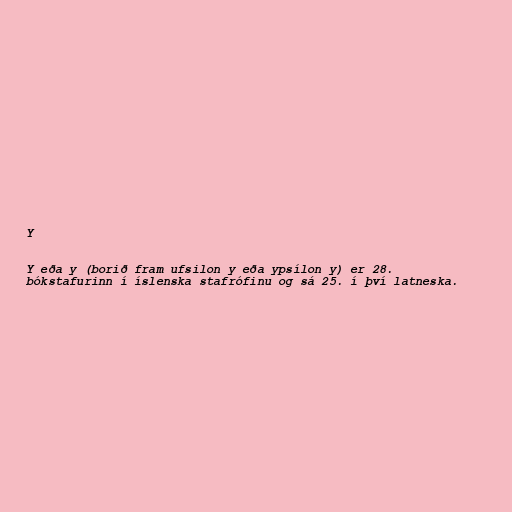
Y

Y eða y (borið fram ufsilon y eða ypsílon y) er 28.
bókstafurinn í íslenska stafrófinu og sá 25. í því latneska.